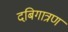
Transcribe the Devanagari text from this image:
दबिगात्रण